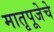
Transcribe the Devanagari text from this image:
मातृपूजेचे